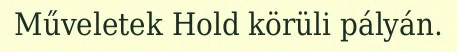
Műveletek Hold körüli pályán.